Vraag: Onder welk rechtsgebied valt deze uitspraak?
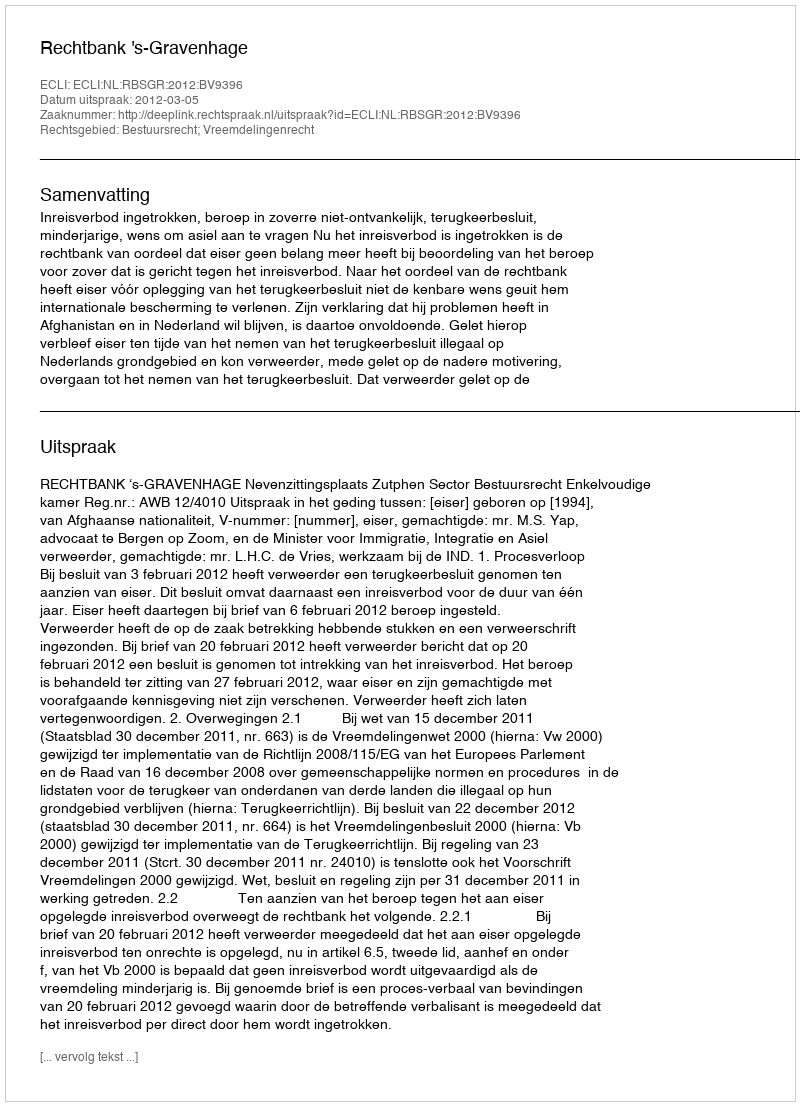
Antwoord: Bestuursrecht; Vreemdelingenrecht